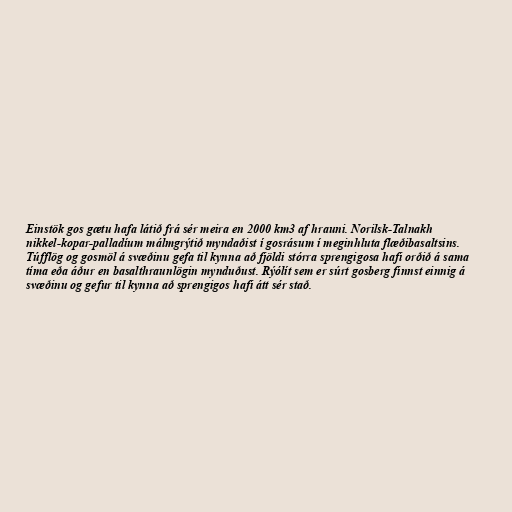
Einstök gos gætu hafa látið frá sér meira en 2000 km3 af hrauni. Norilsk-Talnakh
nikkel-kopar-palladíum málmgrýtið myndaðist í gosrásum í meginhluta flæðibasaltsins.
Túfflög og gosmöl á svæðinu gefa til kynna að fjöldi stórra sprengigosa hafi orðið á sama
tíma eða áður en basalthraunlögin mynduðust. Rýólít sem er súrt gosberg finnst einnig á
svæðinu og gefur til kynna að sprengigos hafi átt sér stað.